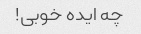
چه ایده خوبی!